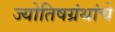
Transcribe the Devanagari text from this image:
ज्योतिषग्रंथांचे